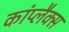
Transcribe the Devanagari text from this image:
कांप्लैक्स